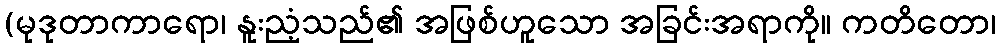
(မုဒုတာကာရော၊ နူးညံ့သည်၏ အဖြစ်ဟူသော အခြင်းအရာကို။ ကတိတော၊